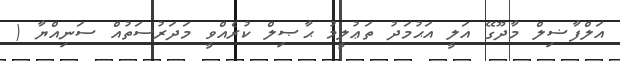
އަލްފާޟިލް މާދޫގޭ އަލީ އަޙުމަދު ތަޢުލީމު ޙާޞިލް ކުރެއްވީ މަދަރުސަތުއް ސަނިއްޔާ (